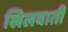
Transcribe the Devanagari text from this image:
खिलवाती